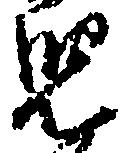
児